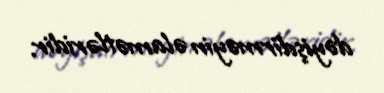
dəyişdirməyin əlamətləridir.